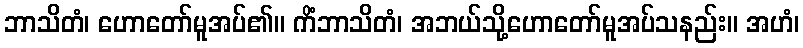
ဘာသိတံ၊ ဟောတော်မူအပ်၏။ ကိံဘာသိတံ၊ အဘယ်သို့ဟောတော်မူအပ်သနည်း။ အဟံ၊